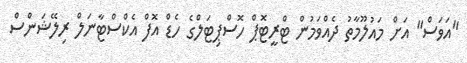
"އަވަސް" އަށް މައުލޫމާތު ދެއްވަމުން ޓްރީޓޮޕް ހޮސްޕިޓަލްގެ ހެޑް އޮފް އެކްސްޓާނަލް ރިލޭޝަންސް